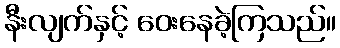
နီးလျက်နှင့် ဝေးနေခဲ့ကြသည်။